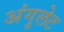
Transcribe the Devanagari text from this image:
अंगुलेट